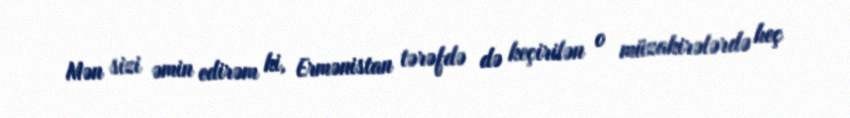
Mən sizi əmin edirəm ki, Ermənistan tərəfdə də keçirilən o müzakirələrdə heç